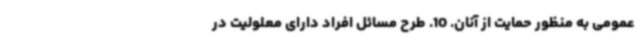
عمومی به منظور حمایت از آنان. 10. طرح مسائل افراد دارای معلولیت در